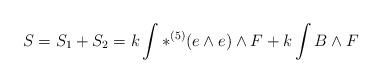
LaTeX: \begin{align*}S = S_{1} + S_{2} = k\int \ast ^{(5)}(e\wedge e) \wedge F + k\int {B\wedge F}\end{align*}